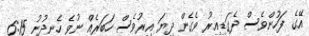
އޭގެ ފަހުންވެސް ދެގަޑިއިރު ވެގެން ދިޔަ އިރުވެސް ހަބަރެއް ނުވެ ހެނދުނު 6:15